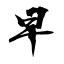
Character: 早